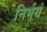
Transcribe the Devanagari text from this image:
निर्भयं